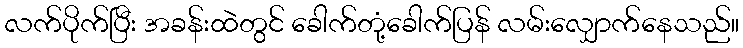
လက်ပိုက်ပြီး အခန်းထဲတွင် ခေါက်တုံ့ခေါက်ပြန် လမ်းလျှောက်နေသည်။